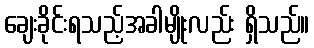
ချေးခိုင်းရသည့်အခါမျိုးလည်း ရှိသည်။